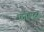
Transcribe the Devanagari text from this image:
फ़ॉल्स्टर